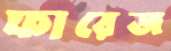
ফারেজ